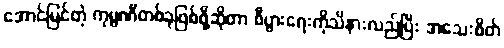
အောင်မြင်တဲ့ ကုမ္ပဏီတစ်ခုဖြစ်ဖို့ဆိုတာ စီပွားရေးကိုသိနားလည်ပြီး အသေးစိတ်